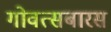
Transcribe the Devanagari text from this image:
गोवत्सबारस